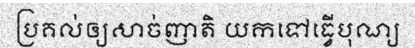
ប្រគល់ឲ្យសាច់ញាតិ យកទៅធ្វើបុណ្យ